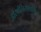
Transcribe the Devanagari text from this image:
डोर्सालिसशामिल